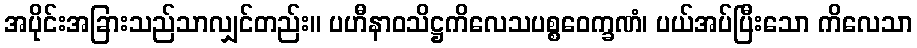
အပိုင်းအခြားသည်သာလျှင်တည်း။ ပဟီနာဝသိဋ္ဌကိလေသပစ္စဝေက္ခဏံ၊ ပယ်အပ်ပြီးသော ကိလေသာ